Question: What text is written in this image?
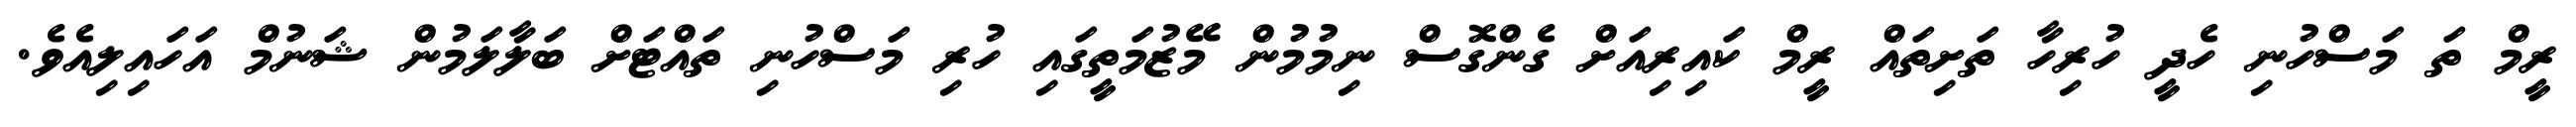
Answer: ރީމް ތަ މަސްހުނި ހެދީ ހުރިހާ ތަށިތައް ރީމް ކައިރިއަށް ގެންގޮސް ނިމުމުން މޭޒުމަތީގައި ހުރި މަސްހުނި ތައްޓަށް ބަލާލަމުން ޝަނުމް އަހައިލިއެވެ.